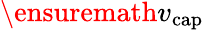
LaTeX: \ensuremath{v_{\mathrm{cap}}}